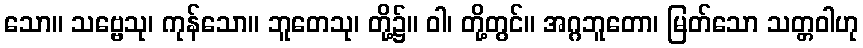
သော။ သဗ္ဗေသု၊ ကုန်သော။ ဘူတေသု၊ တို့၌။ ဝါ၊ တို့တွင်။ အဂ္ဂဘူတော၊ မြတ်သော သတ္တဝါဟု